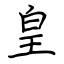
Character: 皇